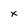
Character: x